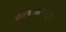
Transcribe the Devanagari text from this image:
संतकाळापासून